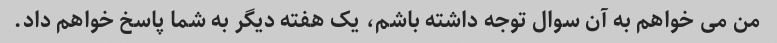
من می خواهم به آن سوال توجه داشته باشم، یک هفته دیگر به شما پاسخ خواهم داد.